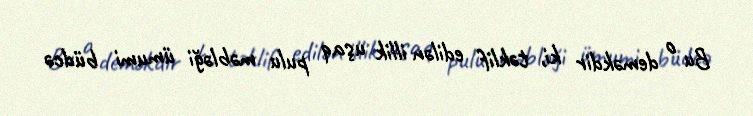
Bu o deməkdir ki, təklif edilən illik uşaq pulu məbləği ümumi büdcə